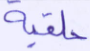
حلقية